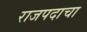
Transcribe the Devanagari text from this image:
राजपदाचा